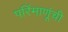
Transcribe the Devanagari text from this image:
परिंमाणूंची